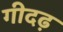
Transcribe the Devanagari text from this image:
गीदढ़